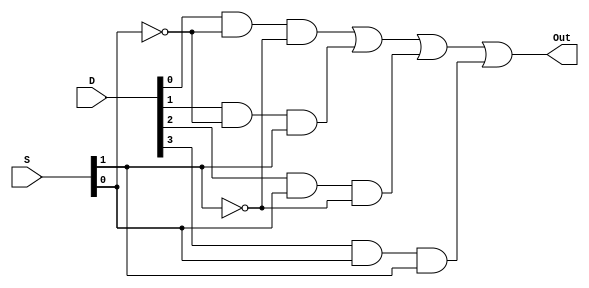
`timescale 1ns / 1ps


module Four_1_Mux(Out, S, D);

input [3:0]D;
input [1:0]S;
output Out;

not not0(S0, S[0]);
not not1(S1, S[1]);

and and0(W1, D[0], S0, S1);
and and1(W2, D[1], S0, S[1]);
and and2(W3, D[2], S[0], S1);
and and3(W4, D[3], S[0], S[1]);

or or1(Out, W1, W2, W3, W4);

endmodule